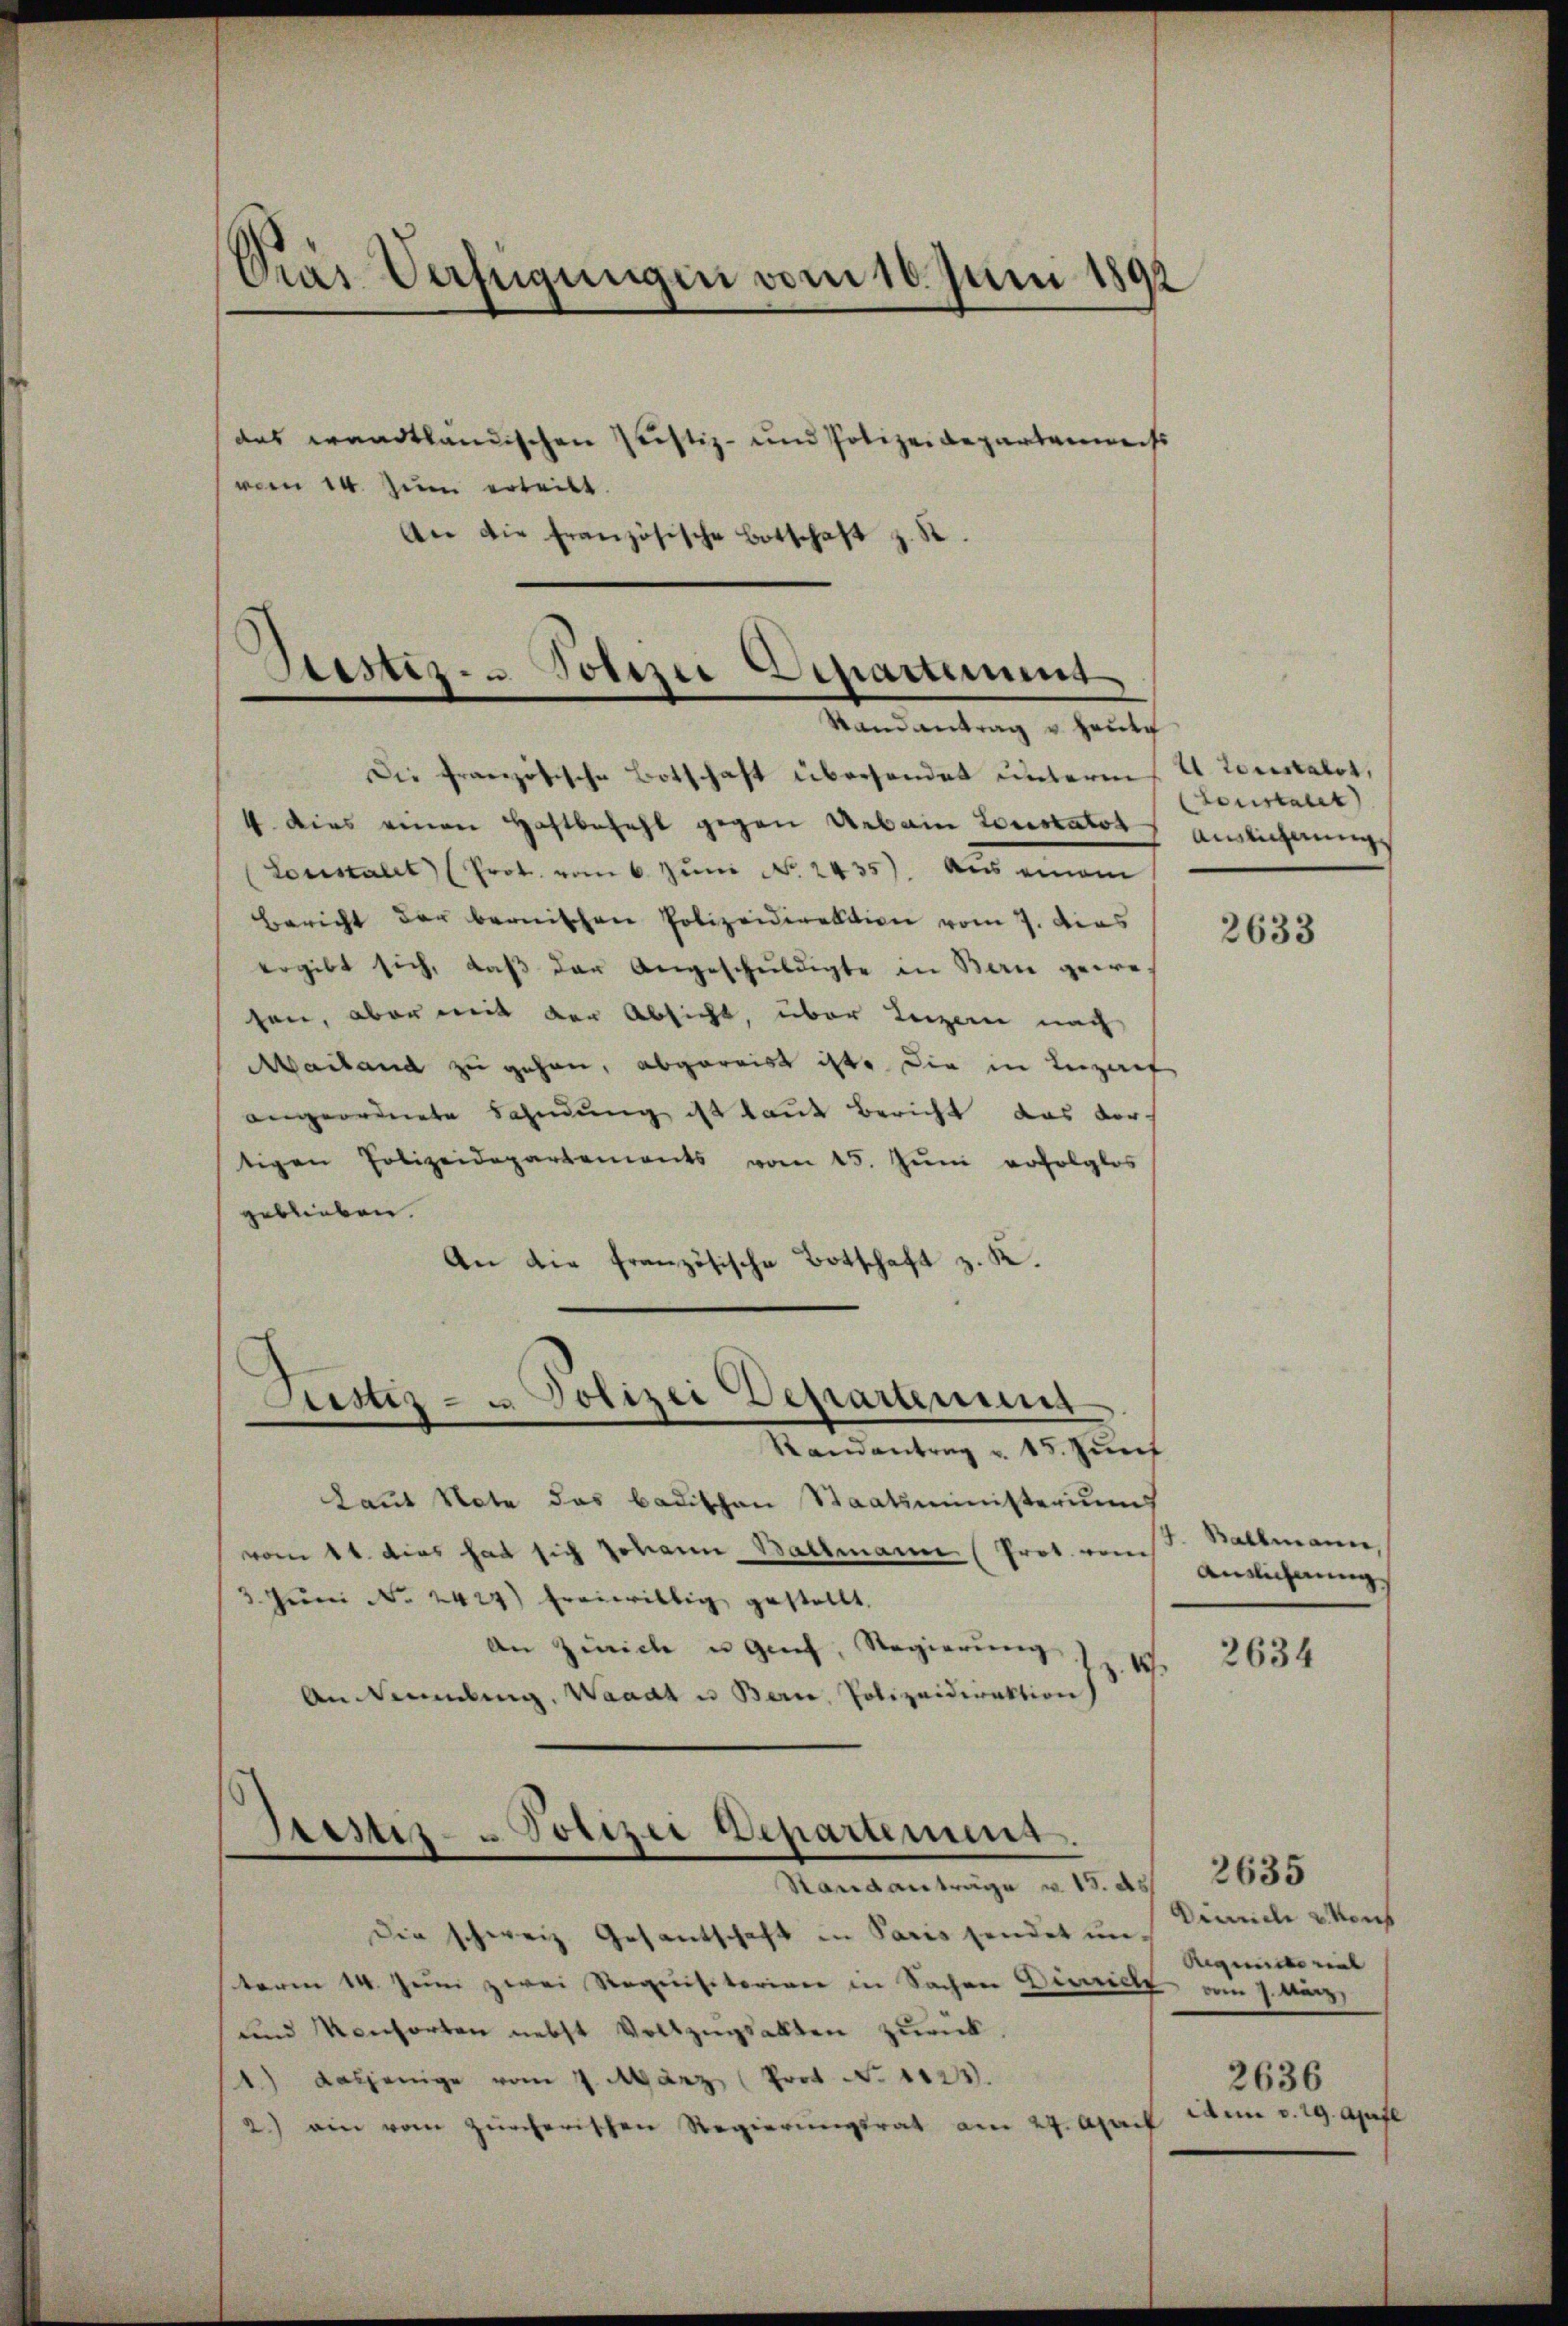
das waadtländischen Justiz- und Polizeidepartenmeist
vom 14. Juni erleibt.
An die französische Botschaft z. St

Gras Verfügungen vom 16. Juni 1891

Stester- u Polizei Departement
Randantrag u. Hautch

Justiz- u Polizei Departement

Stester- Polizei Departement.

Die französische Botschaft übersendet untere
4 dies einen Haftbefehl gegen Arbein Lorstator
Lonstalt (Prot. vom 6. Jŭni No. 2435) aus einem
Bericht der bernischen Polizeidirektion vom 7. Das
ergibt sich, daß der Angeschuldigte in Bau gewesen, aber mit der Absicht, über Luzern nach
Mailand zu gehen, abgereis ist. Die in Luzaf
angeordnete Fahndung ist kaut Bericht das ver-
tigen Polizeidepartements vom 15. Juni erfolglos
geblieben.
An die französische Botschaft z. K.
Randantrag u. 15. Zunf
Laut Note das Badischen Staatsministerium
vom 1 t dies hat sich Johann Ballmann (Prot. von entlicherung
. Jŭni No 2424) freiwillig gestellt.
An Zürich u Greif, Regierung
.
An Neumdung. Waadt u Bern, Polizeidirektion
Standanträge u. 13. ds
Die schweiz. Gesantschaft in Paris sendet unterm 14. Juni zwei Requisitorian in Sachen Diarieli vom 7. Aug.
und Konsorten nebst Vollzŭgsalten zurück.
1.) dasjenige vom 7. März (Prot. N. 1124.
2.) ein vom zürcherischen Regierungsrat am 24. April den v. 29. April

2 Constalt,
tanstalt)
Ainlichnung

2633

J. Ballmann,

2634

2635
Dinneli & Kons
Requistorial
2636